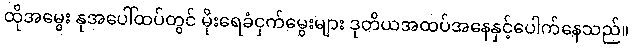
ထိုအမွေး နုအပေါ်ထပ်တွင် မိုးရေခံငှက်မွေးများ ဒုတိယအထပ်အနေနှင့်ပေါက်နေသည်။